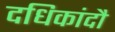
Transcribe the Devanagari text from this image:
दधिकांदौ